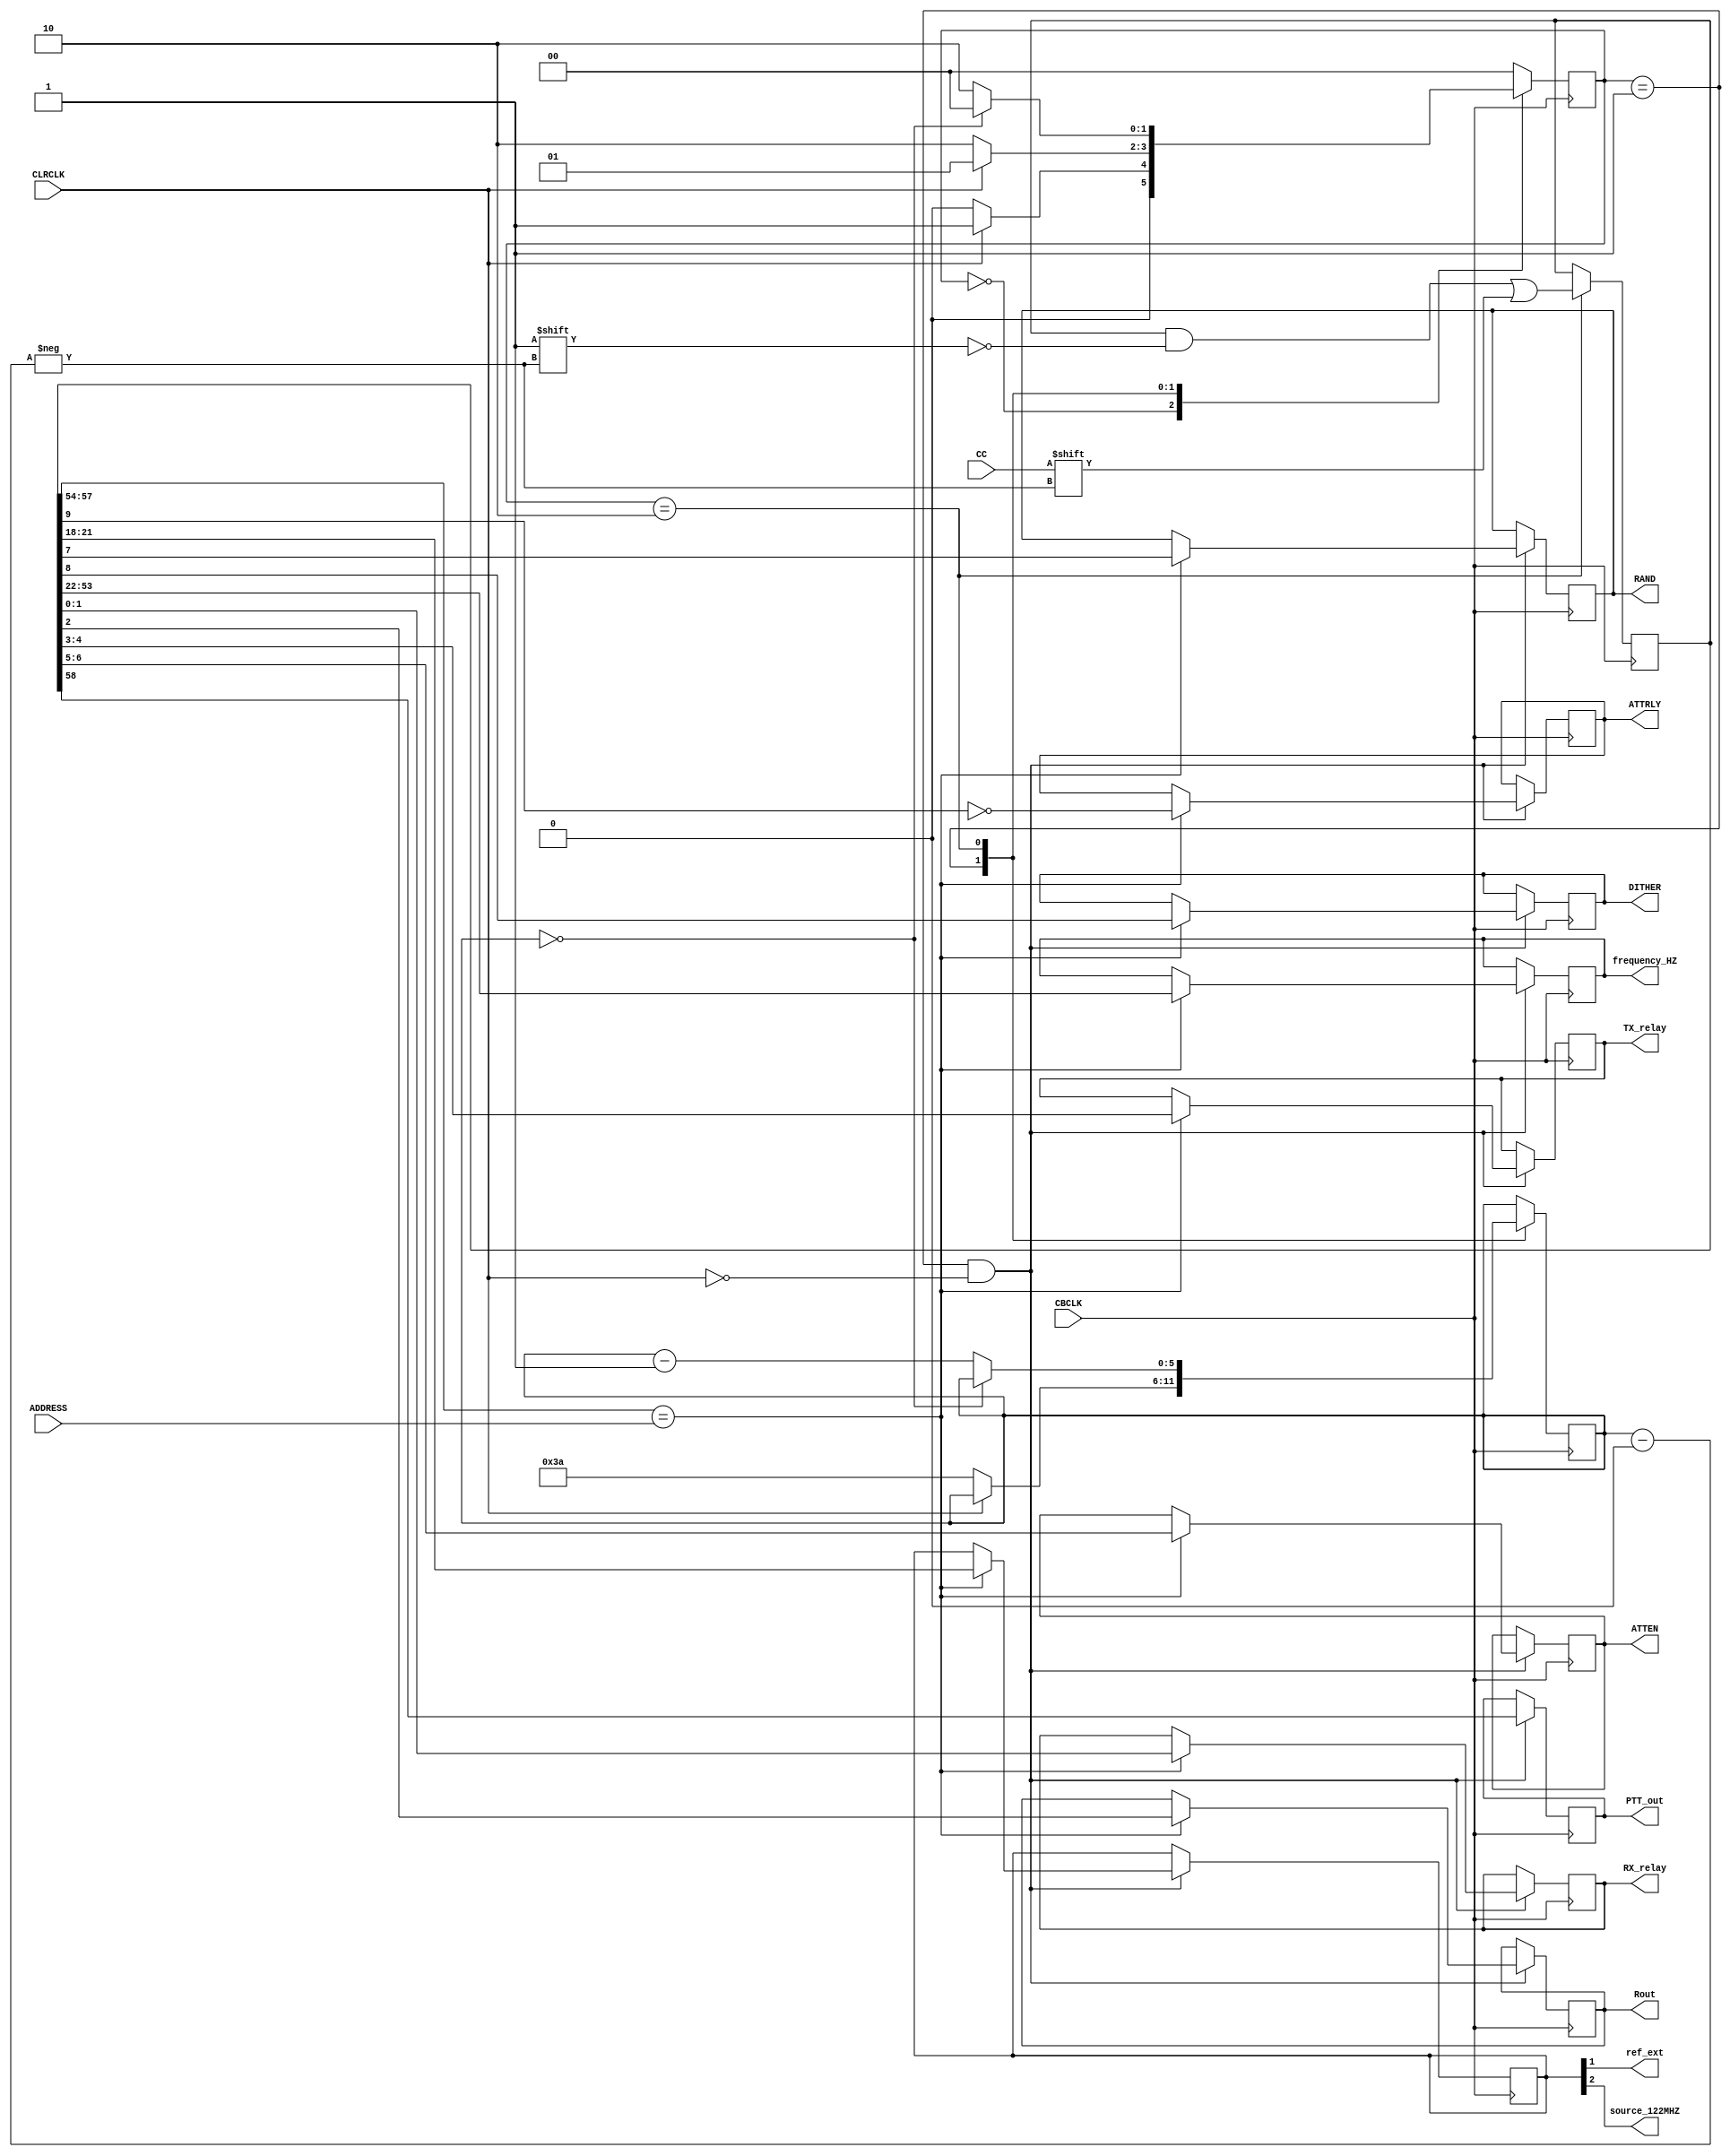
/*

	The C&C encoder in Ozy broadcasts data over the Atlas bus (C20) for
	use by other cards e.g. Mercury and Penelope.  The data is in 
	I2S format with the clock being CBLCK and the start of each frame
	being indicated using the negative edge of CLRCLK.
	
	The data format is as follows:
	
	<[58]PTT><[57:54]address><[53:22]frequency><[21:18]clock_select><[17:11]OC><[10]Mode>
	<[9]PGA><[8]DITHER><[7]RAND><[6:5]ATTEN><[4:3]TX_relay><[2]Rout><[1:0]RX_relay> 
	
	for a total of 59 bits. Frequency is in Hz and 32 bit binary format and 
	OC is the open collector data on Penelope. Mode is for a future Class E PA,
	PGA, DITHER and RAND are ADC settings and ATTEN the attenuator on Alex
	
	The clock source (clock_select) decodes as follows:
	
	0x00  = 10MHz reference from Atlas bus ie Gibraltar
	0x01  = 10MHz reference from Penelope
	0x10  = 10MHz reference from Mercury
	00xx  = 122.88MHz source from Penelope 
	01xx  = 122.88MHz source from Mercury 
	
*/

module command_control( CBCLK, CLRCLK, CC, PTT_out, ATTEN, TX_relay, Rout, RX_relay,
						frequency_HZ, ATTRLY, RAND, DITHER, ref_ext, source_122MHZ, ADDRESS);
						  
input CBCLK;
input CLRCLK;
input CC; 							// Command & Control data in
output reg  PTT_out;
output reg   [1:0] ATTEN;          	// attenuator setting on Alex
output reg   [1:0] TX_relay;       	// Tx relay setting on Alex
output reg   Rout;           		// Rx1 out on Alex
output reg   [1:0] RX_relay;       	// Rx relay setting on Alex

output reg   [31:0]frequency_HZ;
output reg   ATTRLY;   				// 1 = Attenuator on, 0 = Preamp on 
output reg   DITHER;    		    // 1 = dither on
output reg   RAND;      		    // 1 = randomizer on 
output ref_ext;       				// if set use on board 10MHz TCXO internally and send to C16; else get from C16
output source_122MHZ; 				// if set use on board 122.88MHz internally and send to LVDS; else get from LVDS
input  wire  [3:0] ADDRESS;			// Mercury C&C address to match 


reg  [5:0] bits;     				// how many bits clocked 
reg  [1:0] CC_state;
reg [58:0] CCdata;					// 59 bits of C&C data

reg   [3:0] clock_select;   		// 10MHz and 122.88MHz clock selection

always @(posedge CBCLK)  			// use CBCLK  from Atlas C8 
begin
  case(CC_state)
  0:
  begin
    if (CLRCLK == 0)
      CC_state  <= 0;     // loop until CLRLCK is high   
    else
      CC_state  <= 1;
  end

  1:
  begin
    if (CLRCLK)
      CC_state  <= 1;     // loop until CLRCLK is low  
    else
    begin
      bits      <= 6'd58;						
      CC_state  <= 2;
    end
  end

  2:
  begin
    CCdata[bits] <= CC;   // this is the second CBCLK after negedge of CLRCLK
    if (bits == 0)
      CC_state  <= 0;      // done so restart
    else
    begin
      bits      <= bits - 1'b1;
      CC_state  <= 2;  
    end
  end

  default:
    CC_state <= 0;
  endcase
end

// decode C & C data into variables and sync to 48kHz LR clock

always @(posedge CBCLK) // stay in same time domain as CCdata so timing analyzer can evaluate correctly
begin
  if ((CC_state == 1) && !CLRCLK) // "negedge CLRCLK" - 1st rising edge of CBCLK after CLRCLK goes low
  begin                           // grab CCdata 1 CBCLK before it starts changing again
    PTT_out     <= CCdata[58];    // PTT from PC via USB 
    if (CCdata[57:54] == ADDRESS) // check that the C&C data is for Mercury
    begin
      frequency_HZ <= CCdata[53:22];
      clock_select <= CCdata[21:18];     
      //OC        <= CCdata[17:11]; // Penelope Open Collectors, not used by Mercury
      ATTRLY    <=  ~CCdata[9];   // 1 = Attenuator on, 0 = Preamp on 
      DITHER    <= CCdata[8];     // 1 = dither on
      RAND      <= CCdata[7];     // 1 = randomizer on 
      ATTEN     <= CCdata[6:5];   // Attenuator setting on Alex
      TX_relay  <= CCdata[4:3];   // Tx relay selection on Alex
      Rout      <= CCdata[2];     // Rx_1_out on Alex
      RX_relay  <= CCdata[1:0];   // Rx relay selection on Alex
    end
  end
end

assign ref_ext = clock_select[1];       // if set use internally and send to C16 else get from C16
assign source_122MHZ = clock_select[2]; // if set use internally and send to LVDS else get from LVDS

endmodule